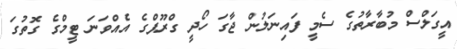
އީގަލްސް މުބާރާތުގެ ސެމީ ފައިނަލުން ޖާގަ ހޯދީ ގްރޫޕްގެ އެއްވަނަ ޓީމްގެ ގޮތުގަ